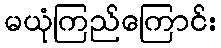
မယုံကြည်ကြောင်း